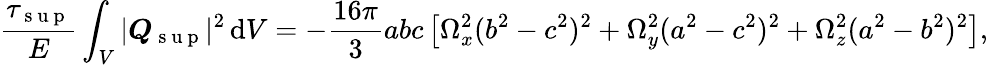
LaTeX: \frac{\tau_{\mathrm{~s~u~p~}}}{E}\int_{V}|\boldsymbol{Q}_{\mathrm{~s~u~p~}}|^{2}\, \mathrm{d}V=-\frac{16\pi}{3}abc\left[\Omega_{x}^{2}(b^{2}-c^{2})^{2}+\Omega_{y}^{2}(a^{2}-c^{2})^{2}+\Omega_{z}^{2}(a^{2}-b^{2})^{2}\right],